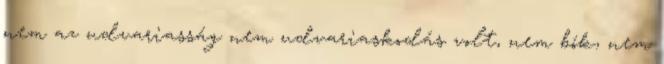
nem az udvariasság nem udvariaskodás volt, nem bók, nem